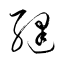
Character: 縫